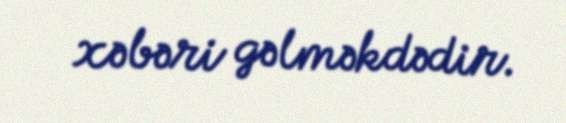
xəbəri gəlməkdədir.